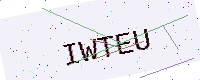
Text: IWTEU